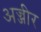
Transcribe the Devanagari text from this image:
अज्जीर